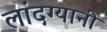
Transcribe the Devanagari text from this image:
लांदग्यानी